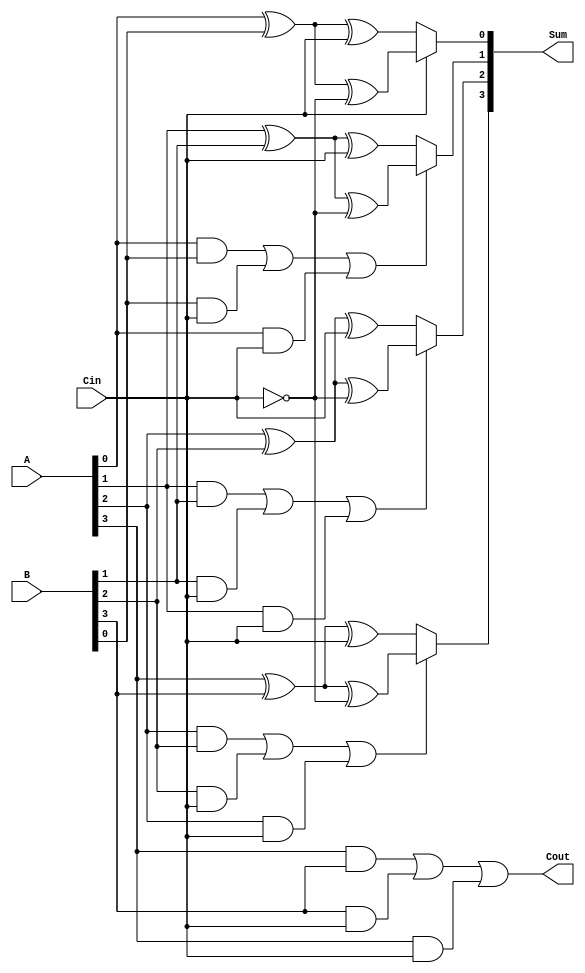
module conditional_sum_adder #(parameter n = 4) (
    input  [n-1:0] A,      // First n-bit input
    input  [n-1:0] B,      // Second n-bit input
    input          Cin,     // Carry-in
    output [n-1:0] Sum,     // n-bit sum output
    output         Cout      // Carry-out
);

    wire [n-1:0] S0;       // Partial sums when Cin = 0
    wire [n-1:0] S1;       // Partial sums when Cin = 1
    wire [n-1:0] C0;       // Carry-out when Cin = 0
    wire [n-1:0] C1;       // Carry-out when Cin = 1
    wire [n-1:0] carry;    // Carry signals for MUX selection

    // Generate partial sums and carry signals
    genvar i;
    generate
        for (i = 0; i < n; i = i + 1) begin : CSA
            // Partial sums
            assign S0[i] = A[i] ^ B[i] ^ Cin;                // S0 when Cin = 0
            assign S1[i] = A[i] ^ B[i] ^ ~Cin;               // S1 when Cin = 1

            // Carry generation
            assign C0[i] = (A[i] & B[i]) | (B[i] & Cin) | (A[i] & Cin); // Carry-out when Cin = 0
            assign C1[i] = C0[i]; // Carry-out when Cin = 1 (same as C0)

            // Carry selection logic
            if (i == 0) begin
                assign carry[i] = Cin; // First carry is Cin
            end else begin
                assign carry[i] = C0[i-1]; // Use previous carry-out for selection
            end
        end
    endgenerate

    // MUX to select the appropriate sum based on carry
    generate
        for (i = 0; i < n; i = i + 1) begin : MUX
            assign Sum[i] = carry[i] ? S1[i] : S0[i]; // Select S1 if carry is 1, else S0
        end
    endgenerate

    // Final carry-out
    assign Cout = C0[n-1] | C1[n-1]; // Final carry-out from the last bit

endmodule